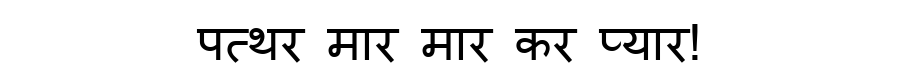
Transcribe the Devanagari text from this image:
पत्थर मार मार कर प्यार!